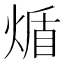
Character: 𬊮